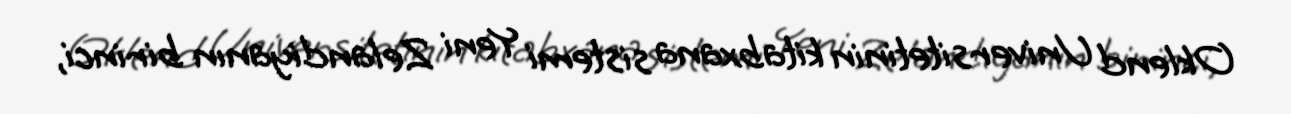
Oklend Universitetinin kitabxana sistemi Yeni Zelandiyanın birinci,